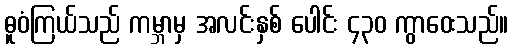
ဓူဝံကြယ်သည် ကမ္ဘာမှ အလင်းနှစ် ပေါင်း ၄၃၀ ကွာဝေးသည်။